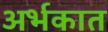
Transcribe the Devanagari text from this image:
अर्भकात